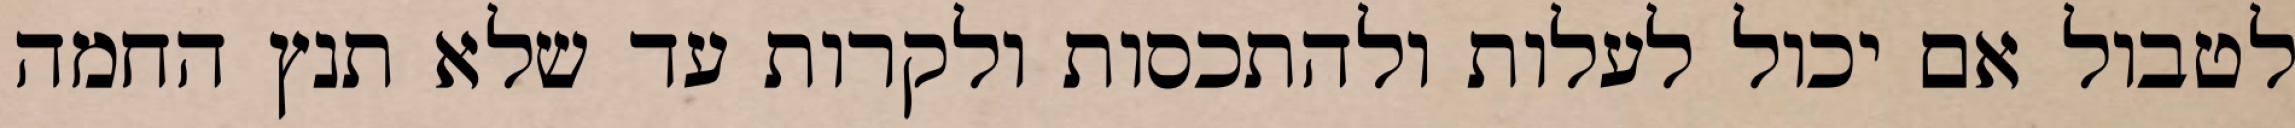
לטבול אם יכול לעלות ולהתכסות ולקרות עד שלא תנץ החמה